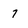
Character: 7